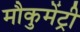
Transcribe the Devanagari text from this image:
मौकुमेंट्री